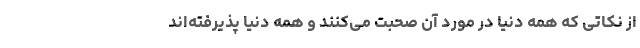
از نکاتی که همه دنیا در مورد آن صحبت می‌کنند و همه دنیا پذیرفته‌اند